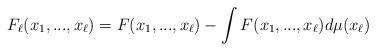
LaTeX: \begin{align*}F_{\ell}(x_{1},...,x_{\ell})=F(x_{1},...,x_{\ell})-\int F(x_{1},...,x_{\ell})d\mu(x_{\ell})\end{align*}